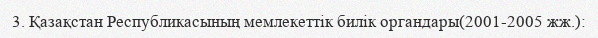
3. Қазақстан Республикасының мемлекеттік билік органдары(2001-2005 жж.):